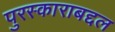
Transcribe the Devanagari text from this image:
पुरस्काराबद्दल